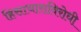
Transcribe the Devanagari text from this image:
हिसाचाराविरोधी